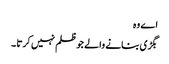
اے وہ
بگڑی بنانے والے جو ظلم نہیں کرتا ۔